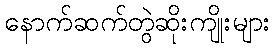
နောက်ဆက်တွဲဆိုးကျိုးများ